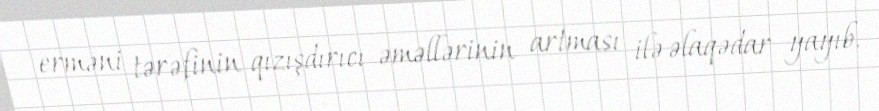
erməni tərəfinin qızışdırıcı əməllərinin artması ilə əlaqədar yayıb.